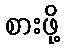
စားဖို့